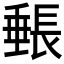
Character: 𬼓